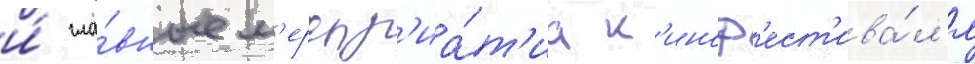
и́ гла́вные м'еропр'иа́т'иа к'иноф'ест'ива́л'я